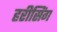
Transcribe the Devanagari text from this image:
हरीसिंग